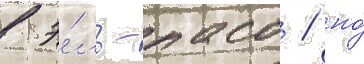
в э́ль-пасо / но́